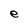
Character: e